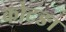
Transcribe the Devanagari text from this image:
कोटङा